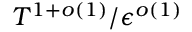
T ^ { 1 + o ( 1 ) } / \epsilon ^ { o ( 1 ) }